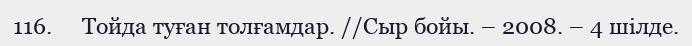
116.     Тойда туған толғамдар. //Сыр бойы. – 2008. – 4 шілде.